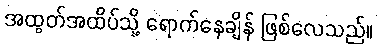
အထွတ်အထိပ်သို့ ရောက်နေချိန် ဖြစ်လေသည်။